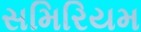
સમિરિયમ